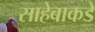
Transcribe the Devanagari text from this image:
साहेबाकडे